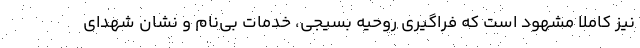
نیز کاملاً مشهود است که فراگیری روحیه بسیجی، خدمات بی‌نام و نشان شهدای